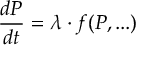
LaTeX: { \frac { d P } { d t } } = \lambda \cdot f ( P , . . . )